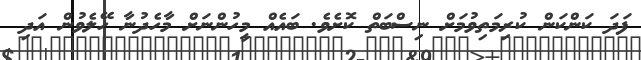
ފަދަ ކަންކަން ކުރިމަތިވުމަށް ނިސްބަތް ކޮށެވެ. ބައެއް މީހުންނަށް މާހެދުނާ ހޭލެވުން އަދި